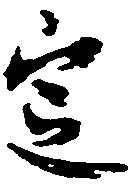
定